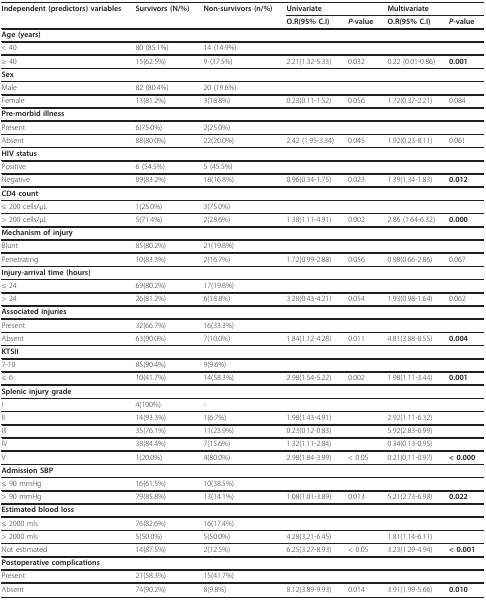
<table><thead><tr><td><b>Independent (predictors) variables</b></td><td><b>Survivors (N/%)</b></td><td><b>Non-survivors (n/%)</b></td><td colspan="2"><b>Univariate</b></td><td colspan="2"><b>Multivariate</b></td></tr><tr><td></td><td></td><td></td><td><b>O.R(95% C.I)</b></td><td><b><i>P-</i>value</b></td><td><b>O.R(95% C.I)</b></td><td><b><i>P</i>-value</b></td></tr></thead><tbody><tr><td><b>Age (years)</b></td><td></td><td></td><td></td><td></td><td></td><td></td></tr><tr><td>&lt; 40</td><td>80 (85.1%)</td><td>14 (14.9%)</td><td></td><td></td><td></td><td></td></tr><tr><td>≥ 40</td><td>15(62.5%)</td><td>9 (37.5%)</td><td>2.21(1.32-5.33)</td><td>0.032</td><td>0.22 (0.01-0.86)</td><td><b>0.001</b></td></tr><tr><td><b>Sex</b></td><td></td><td></td><td></td><td></td><td></td><td></td></tr><tr><td>Male</td><td>82 (80.4%)</td><td>20 (19.6%)</td><td></td><td></td><td></td><td></td></tr><tr><td>Female</td><td>13(81.2%)</td><td>3(18.8%)</td><td>0.23(0.11-1.52)</td><td>0.056</td><td>1.72(0.37-2.21)</td><td>0.084</td></tr><tr><td><b>Pre-morbid illness</b></td><td></td><td></td><td></td><td></td><td></td><td></td></tr><tr><td>Present</td><td>6(75.0%)</td><td>2(25.0%)</td><td></td><td></td><td></td><td></td></tr><tr><td>Absent</td><td>88(80.0%)</td><td>22(20.0%)</td><td>2.42 (1.95-3.34)</td><td>0.045</td><td>1.92(0.23-8.11)</td><td>0.061</td></tr><tr><td><b>HIV status</b></td><td></td><td></td><td></td><td></td><td></td><td></td></tr><tr><td>Positive</td><td>6 (54.5%)</td><td>5 (45.5%)</td><td></td><td></td><td></td><td></td></tr><tr><td>Negative</td><td>89(83.2%)</td><td>18(16.8%)</td><td>0.96(0.34-1.75)</td><td>0.023</td><td>1.39(1.34-1.83)</td><td><b>0.012</b></td></tr><tr><td><b>CD4 count</b></td><td></td><td></td><td></td><td></td><td></td><td></td></tr><tr><td>≤ 200 cells/μL</td><td>1(25.0%)</td><td>3(75.0%)</td><td></td><td></td><td></td><td></td></tr><tr><td>&gt; 200 cells/μL</td><td>5(71.4%)</td><td>2(28.6%)</td><td>1.38(1.11-4.91)</td><td>0.002</td><td>2.86 (1.64-6.32)</td><td><b>0.000</b></td></tr><tr><td><b>Mechanism of injury</b></td><td></td><td></td><td></td><td></td><td></td><td></td></tr><tr><td>Blunt</td><td>85(80.2%)</td><td>21(19.8%)</td><td></td><td></td><td></td><td></td></tr><tr><td>Penetrating</td><td>10(83.3%)</td><td>2(16.7%)</td><td>1.72(0.99-2.88)</td><td>0.056</td><td>0.98(0.66-2.86)</td><td>0.067</td></tr><tr><td><b>Injury-arrival time (hours)</b></td><td></td><td></td><td></td><td></td><td></td><td></td></tr><tr><td>≤ 24</td><td>69(80.2%)</td><td>17(19.8%)</td><td></td><td></td><td></td><td></td></tr><tr><td>&gt; 24</td><td>26(81.2%)</td><td>6(18.8%)</td><td>3.28(0.43-4.21)</td><td>0.054</td><td>1.93(0.98-1.64)</td><td>0.062</td></tr><tr><td><b>Associated injuries</b></td><td></td><td></td><td></td><td></td><td></td><td></td></tr><tr><td>Present</td><td>32(66.7%)</td><td>16(33.3%)</td><td></td><td></td><td></td><td></td></tr><tr><td>Absent</td><td>63(90.0%)</td><td>7(10.0%)</td><td>1.84(1.12-4.28)</td><td>0.011</td><td>4.81(3.88-8.55)</td><td><b>0.004</b></td></tr><tr><td><b>KTSII</b></td><td></td><td></td><td></td><td></td><td></td><td></td></tr><tr><td>7-10</td><td>85(90.4%)</td><td>9(9.6%)</td><td></td><td></td><td></td><td></td></tr><tr><td>≤ 6</td><td>10(41.7%)</td><td>14(58.3%)</td><td>2.98(1.54-5.22)</td><td>0.002</td><td>1.98(1.11-3.44)</td><td><b>0.001</b></td></tr><tr><td><b>Splenic injury grade</b></td><td></td><td></td><td></td><td></td><td></td><td></td></tr><tr><td>I</td><td>4(100%)</td><td>-</td><td></td><td></td><td></td><td></td></tr><tr><td>II</td><td>14(93.3%)</td><td>1(6.7%)</td><td>1.98(1.43-4.91)</td><td></td><td>2.92(1.11-6.32)</td><td></td></tr><tr><td>III</td><td>35(76.1%)</td><td>11(23.9%)</td><td>0.23(0.12-0.83)</td><td></td><td>5.92(2.83-6.99)</td><td></td></tr><tr><td>IV</td><td>38(84.4%)</td><td>7(15.6%)</td><td>1.32(1.11-2.84)</td><td></td><td>0.34(0.13-0.95)</td><td></td></tr><tr><td>V</td><td>1(20.0%)</td><td>4(80.0%)</td><td>2.98(1.84-3.99)</td><td>&lt; 0.05</td><td>0.21(0,11-0.97)</td><td><b>&lt; 0.000</b></td></tr><tr><td><b>Admission SBP</b></td><td></td><td></td><td></td><td></td><td></td><td></td></tr><tr><td>≤ 90 mmHg</td><td>16(61.5%)</td><td>10(38.5%)</td><td></td><td></td><td></td><td></td></tr><tr><td>&gt; 90 mmHg</td><td>79(85.8%)</td><td>13(14.1%)</td><td>1.08(1.01-3.89)</td><td>0.013</td><td>5.21(2.73-6.98)</td><td><b>0.022</b></td></tr><tr><td><b>Estimated blood loss</b></td><td></td><td></td><td></td><td></td><td></td><td></td></tr><tr><td>≤ 2000 mls</td><td>76(82.6%)</td><td>16(17.4%)</td><td></td><td></td><td></td><td></td></tr><tr><td>&gt; 2000 mls</td><td>5(50.0%)</td><td>5(50.0%)</td><td>4.28(3,21-6.45)</td><td></td><td>1.81(1.14-6.11)</td><td></td></tr><tr><td>Not estimated</td><td>14(87.5%)</td><td>2(12.5%)</td><td>6.25(3.27-8.93)</td><td>&lt; 0.05</td><td>3.23(1.29-4.94)</td><td><b>&lt; 0.001</b></td></tr><tr><td><b>Postoperative complications</b></td><td></td><td></td><td></td><td></td><td></td><td></td></tr><tr><td>Present</td><td>21(58.3%)</td><td>15(41.7%)</td><td></td><td></td><td></td><td></td></tr><tr><td>Absent</td><td>74(90.2%)</td><td>8(9.8%)</td><td>8.12(3.89-9.93)</td><td>0.014</td><td>3.91(1.99-5.66)</td><td><b>0.010</b></td></tr></tbody></table>